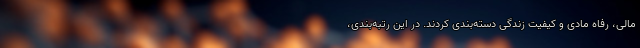
مالی، رفاه مادی و کیفیت زندگی دسته‌بندی کردند. در این رتبه‌بندی،